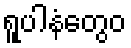
ရူပါနံတွေဝ